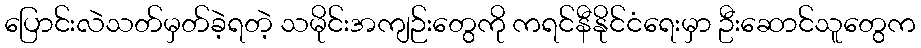
ပြောင်းလဲသတ်မှတ်ခဲ့ရတဲ့ သမိုင်းအကျဉ်းတွေကို ကရင်နီနိုင်ငံရေးမှာ ဦးဆောင်သူတွေက